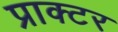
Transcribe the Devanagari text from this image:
प्राक्टर